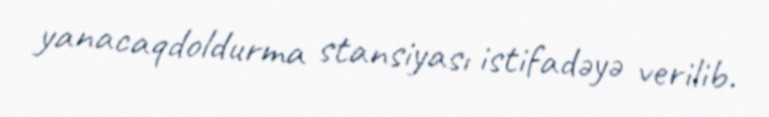
yanacaqdoldurma stansiyası istifadəyə verilib.